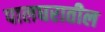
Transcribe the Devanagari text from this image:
पालघरातील